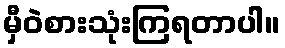
မှီဝဲစားသုံးကြရတာပါ။